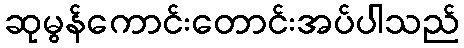
ဆုမွန်ကောင်းတောင်းအပ်ပါသည်